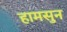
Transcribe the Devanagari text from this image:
हामसुन